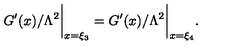
{ G ^ { \prime } ( x ) } / { \Lambda ^ { 2 } } \biggr \vert _ { x = \xi _ { 3 } } = { G ^ { \prime } ( x ) } / { \Lambda ^ { 2 } } \biggr \vert _ { x = \xi _ { 4 } } .